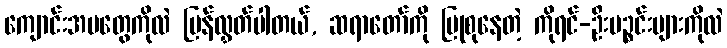
ကျောင်းအမတွေကိုလဲ ပြန်လွှတ်ပါတယ်, ဆရာတော်ကို ပြုစုနေတဲ့ ကိုရင်-ဦးပဉ္စင်းများကိုလဲ